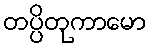
တပ္ပိတုကာမော